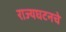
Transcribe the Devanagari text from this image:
राज्यघटनचे